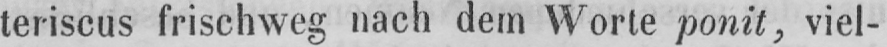
teriscus frischweg nach dem Worte ponit, viel-